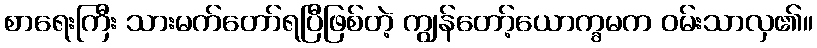
စာရေးကြီး သားမက်တော်ရပြီဖြစ်တဲ့ ကျွန်တော့်ယောက္ခမက ဝမ်းသာလှ၏။